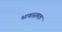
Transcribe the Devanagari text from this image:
भाषासमक